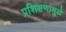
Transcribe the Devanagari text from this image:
प्रशिक्षणामुळे